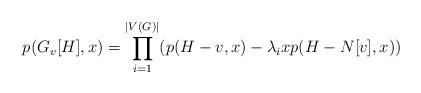
LaTeX: \begin{align*} p(G_v[H],x) = \prod_{i=1}^{|V(G)|} (p(H-v,x)-\lambda_i x p(H-N[v],x))\end{align*}